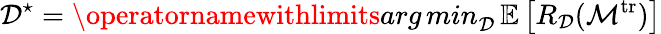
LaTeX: \mathcal{D}^{\star}=\operatornamewithlimits{arg\, min}_{\mathcal{D}}\, \mathbb{E}\left[R_{\mathcal{D}}(\mathcal{M}^{\mathrm{tr}})\right]